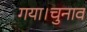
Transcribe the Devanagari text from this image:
गया।चुनाव